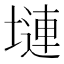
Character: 𪤎